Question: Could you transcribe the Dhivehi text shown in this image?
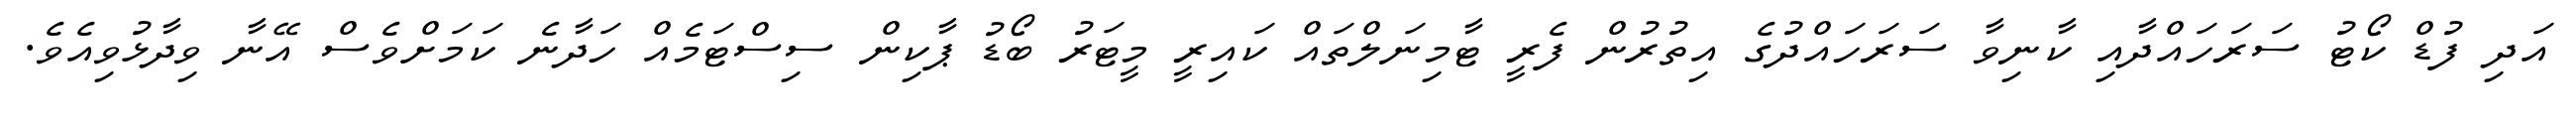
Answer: އަދި ފުޑް ކޯޓު ސަރަހައްދާއި ކާނިވާ ސަރަހައްދުގެ އިތުރުން ފެރީ ޓާމިނަލްތައް ކައިރީ މީޓަރު ބޯޑު ޕާކިން ސިސްޓަމެއް ހަދާނެ ކަމަށްވެސް އޭނާ ވިދާޅުވިއެވެ.